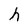
Character: h